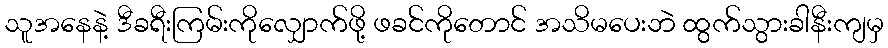
သူအနေနဲ့ ဒီခရီးကြမ်းကိုလျှောက်ဖို့ ဖခင်ကိုတောင် အသိမပေးဘဲ ထွက်သွားခါနီးကျမှ